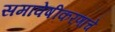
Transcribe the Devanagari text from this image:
समावेषीकरणाचे